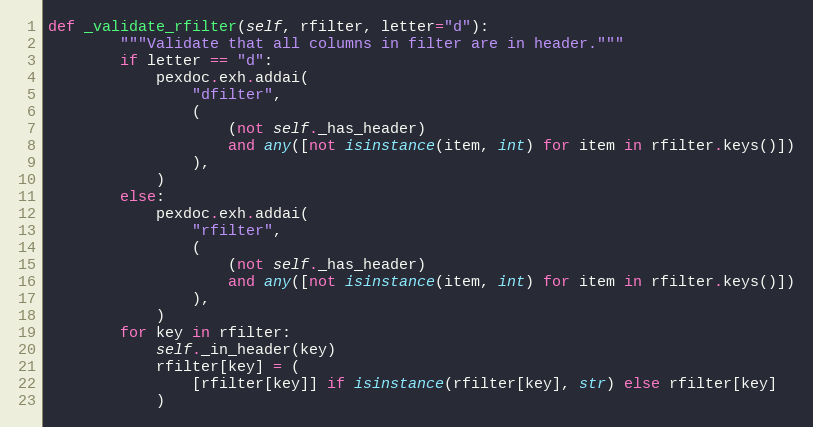
Language: Python
def _validate_rfilter(self, rfilter, letter="d"):
        """Validate that all columns in filter are in header."""
        if letter == "d":
            pexdoc.exh.addai(
                "dfilter",
                (
                    (not self._has_header)
                    and any([not isinstance(item, int) for item in rfilter.keys()])
                ),
            )
        else:
            pexdoc.exh.addai(
                "rfilter",
                (
                    (not self._has_header)
                    and any([not isinstance(item, int) for item in rfilter.keys()])
                ),
            )
        for key in rfilter:
            self._in_header(key)
            rfilter[key] = (
                [rfilter[key]] if isinstance(rfilter[key], str) else rfilter[key]
            )